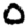
Digit: 0